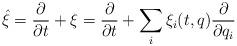
LaTeX: \begin{align*}\hat\xi=\frac{\partial}{\partial t}+\xi=\frac{\partial}{\partial t}+\sum_i \xi_i(t,q)\frac{\partial}{\partial q_i}\end{align*}